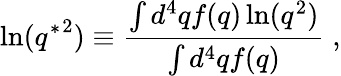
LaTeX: \ln({q^{*}}^{2})\equiv\frac{\int d^{4}qf(q)\ln(q^{2})}{\int d^{4}qf(q)}\; ,